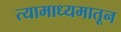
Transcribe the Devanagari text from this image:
त्यामाध्यमातून